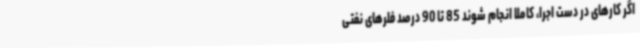
اگر کارهای در دست اجرا، کاملا انجام شوند 85 تا 90 درصد فلرهای نفتی